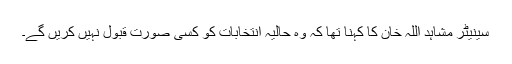
سینیٹر مشاہد اللہ خان کا کہنا تھا کہ وہ حالیہ انتخابات کو کسی صورت قبول نہیں کریں گے۔